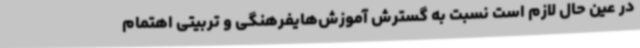
در عین حال لازم است نسبت به گسترش آموزش‌هایفرهنگی و تربیتی اهتمام